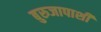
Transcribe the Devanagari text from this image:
बुरुजापाशी